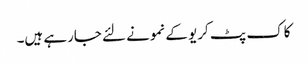
کاک پٹ کریو کے نمونے لئے جارہے ہیں۔